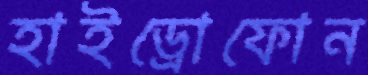
হাইড্রোফোন